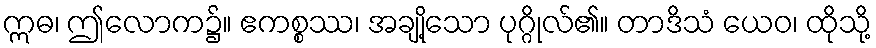
ဣဓ၊ ဤလောက၌။ ဧကစ္စဿ၊ အချို့သော ပုဂ္ဂိုလ်၏။ တာဒိသံ ယေဝ၊ ထိုသို့